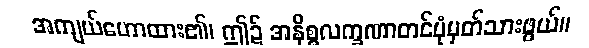
အကျယ်ဟောထား၏၊ ဤ၌ အနိစ္စလက္ခဏာတင်ပုံမှတ်သားဖွယ်။